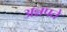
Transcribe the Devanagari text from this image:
अन्नपते